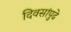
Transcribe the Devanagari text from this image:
दिवसांपुढे